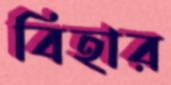
বিহার